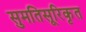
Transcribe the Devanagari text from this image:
सुमतिसूरिकृत